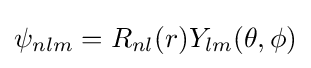
\psi _{nlm}=R_{nl}(r)Y_{lm}(\theta ,\phi )